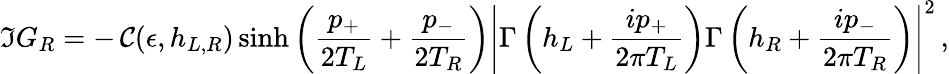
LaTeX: \Im G_{R}=-\, {\cal C}(\epsilon,h_{L,R})\sinh{\left({\frac{p_{+}}{2T_{L}}}+{\frac{p_{-}}{2T_{R}}}\right)}\left|\Gamma\left(h_{L}+{\frac{ip_{+}}{2\pi T_{L}}}\right)\Gamma\left(h_{R}+{\frac{ip_{-}}{2\pi T_{R}}}\right)\right|^{2}\, ,